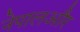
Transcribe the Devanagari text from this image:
नेपालऔर